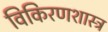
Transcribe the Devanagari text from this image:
विकिरणशास्त्र